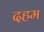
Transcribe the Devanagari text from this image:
दहम